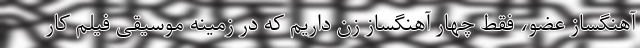
آهنگساز عضو، فقط چهار آهنگساز زن داریم که در زمینه موسیقی فیلم کار